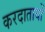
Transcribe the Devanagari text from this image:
करदातायों